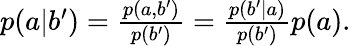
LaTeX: \begin{array}{r}{p(a|b^{\prime})=\frac{p(a,b^{\prime})}{p(b^{\prime})}=\frac{p(b^{\prime}|a)}{p(b^{\prime})}p(a).}\end{array}